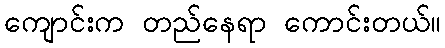
ကျောင်းက တည်နေရာ ကောင်းတယ်။